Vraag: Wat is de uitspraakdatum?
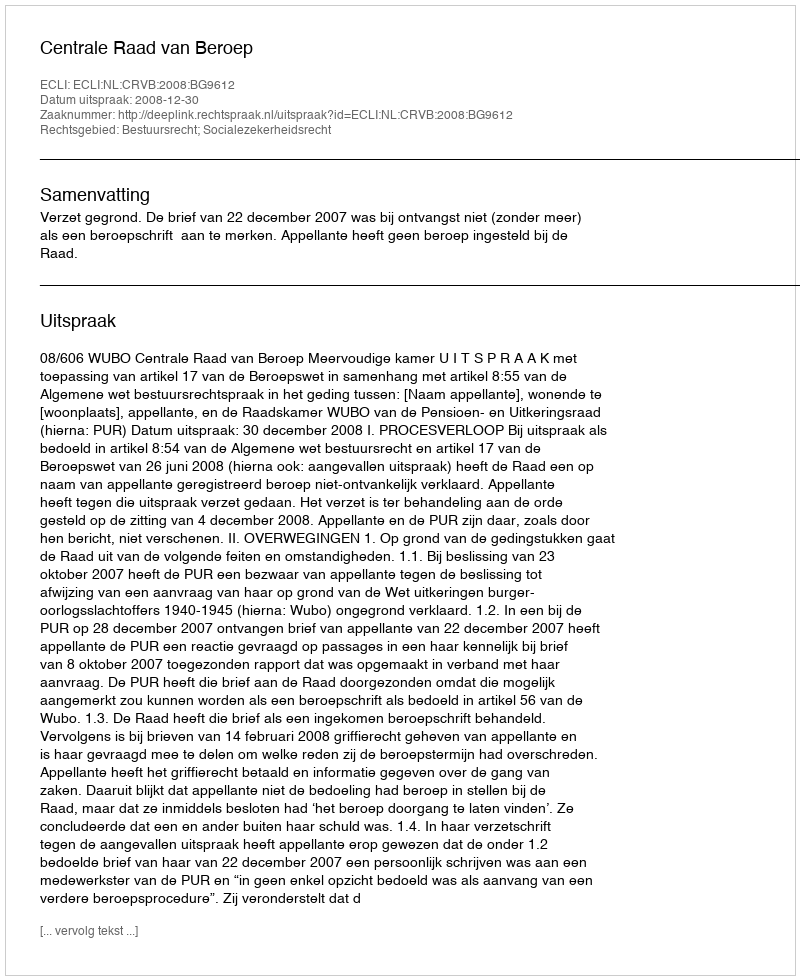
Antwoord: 2008-12-30